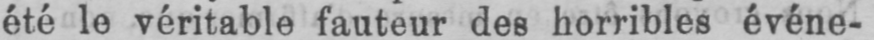
été le véritable fauteur des horribles événe-